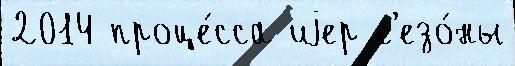
2014 проце́сса иjер с'езо́ны